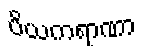
ပိယကရာဏာ